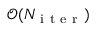
\mathcal { O } ( N _ { \mathrm { ~ i ~ t ~ e ~ r ~ } } )